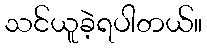
သင်ယူခဲ့ရပါတယ်။